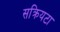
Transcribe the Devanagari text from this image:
सक्रियटा